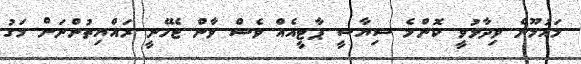
މައުމޫން ވިދާޅުވީ ކޮންމެ ސިޔާސީ ޕާޓީއެއް ވެސް ވާން ޖެހޭނީ ރައްޔިތުންނަށް މަގު